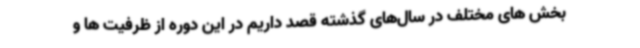
بخش های مختلف در سال‌های گذشته قصد داریم در این دوره از ظرفیت ها و